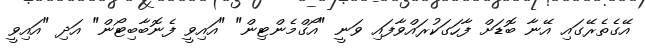
އޭގެތެރޭގައި އޭނާ ބޮޑަށް ފާހަގަކުރައްވާފައި ވަނީ "އޯގްމެންޓިން" "އައިވީ ފެނޮބާބިޓޯން" އަދި "އައިވީ